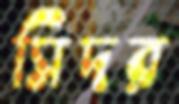
সিদর